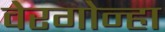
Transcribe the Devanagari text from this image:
वेरगोन्हा